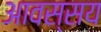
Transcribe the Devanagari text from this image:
आवस्सय